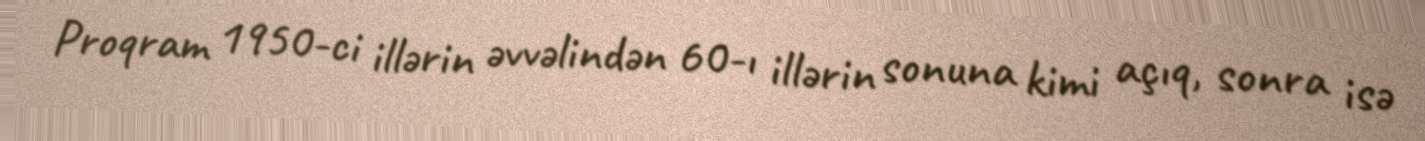
Proqram 1950-ci illərin əvvəlindən 60-ı illərin sonuna kimi açıq, sonra isə